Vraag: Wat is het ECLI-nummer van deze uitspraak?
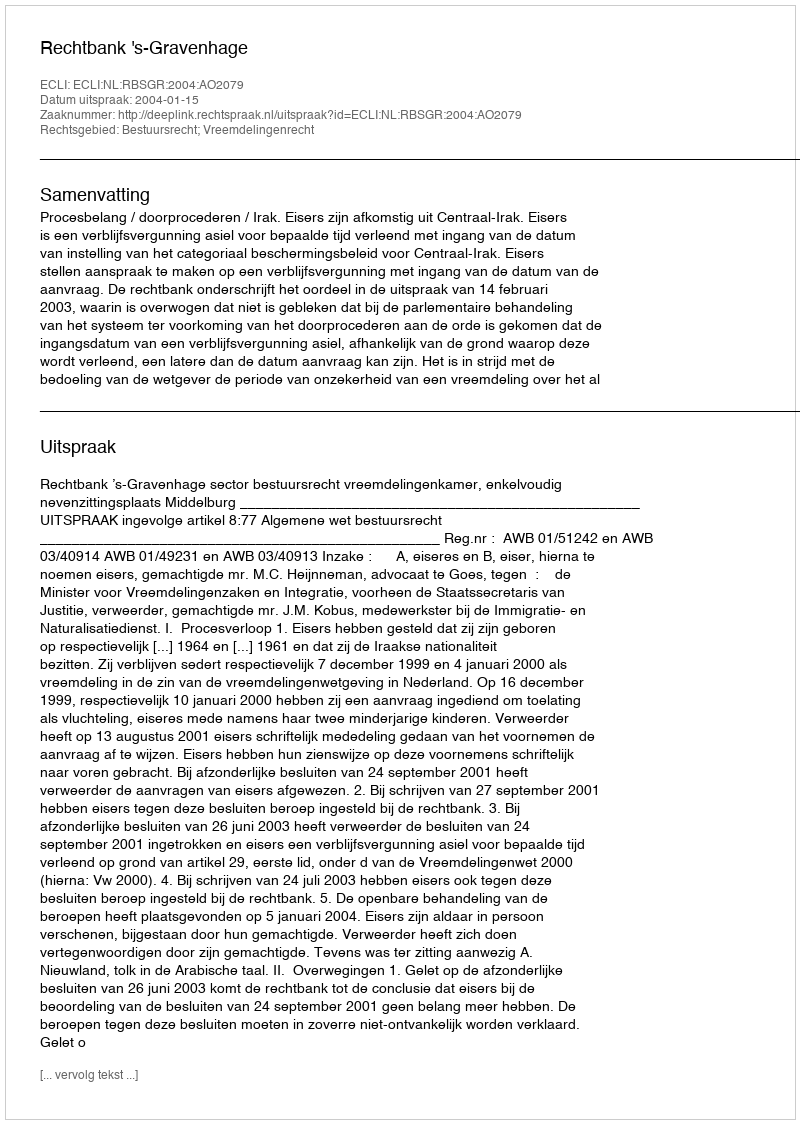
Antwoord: ECLI:NL:RBSGR:2004:AO2079